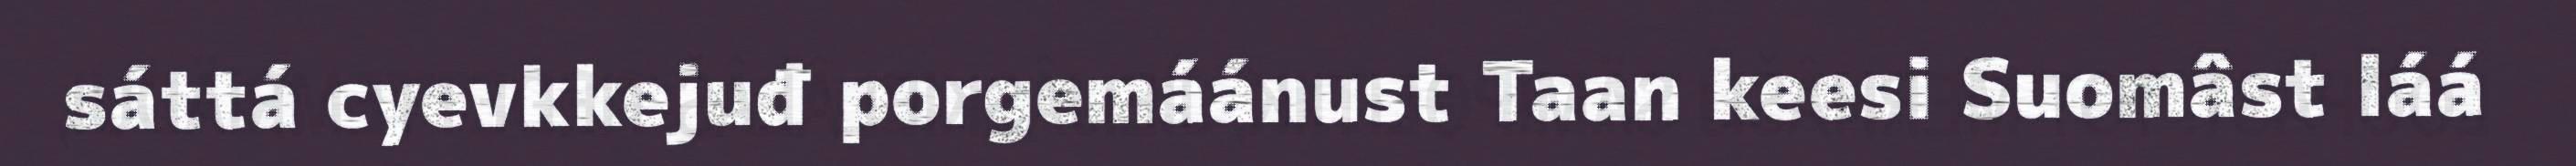
sáttá cyevkkejuđ porgemáánust Taan keesi Suomâst láá